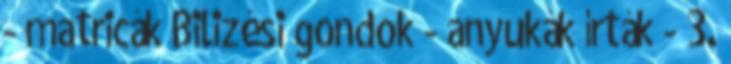
- matricák Bilizési gondok - anyukák írták - 3.